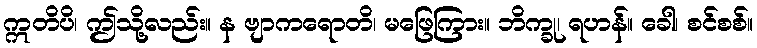
ဣတိပိ၊ ဤသို့လည်း။ န ဗျာကရောတိ၊ မဖြေကြား။ ဘိက္ခု၊ ရဟန်။ ခေါ၊ စင်စစ်။